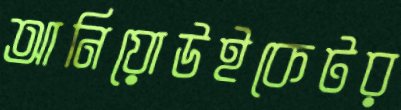
আনিয়োউইকেটর